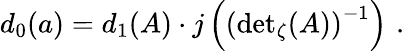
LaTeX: d_{0}(a)=d_{1}(A)\cdot j\left(\left({\operatorname*{det}}_{\zeta}(A)\right)^{-1}\right)\, \, .